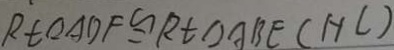
R t \Delta A D F \cong R t \Delta A B E ( H C )